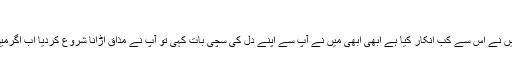
‘‘
’’میں باتیں کرتی ہُوں، ان سے ملتی ہُوں، میں نے اس سے کب انکار کیا ہے ابھی ابھی میں نے آپ سے اپنے دل کی سچی بات کہی تو آپ نے مذاق اُڑانا شروع کردیا اب اگرمیں کچھ اور کہوں تو اس سے کیا فائدہ ہو گا۔